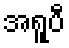
အရူပီ